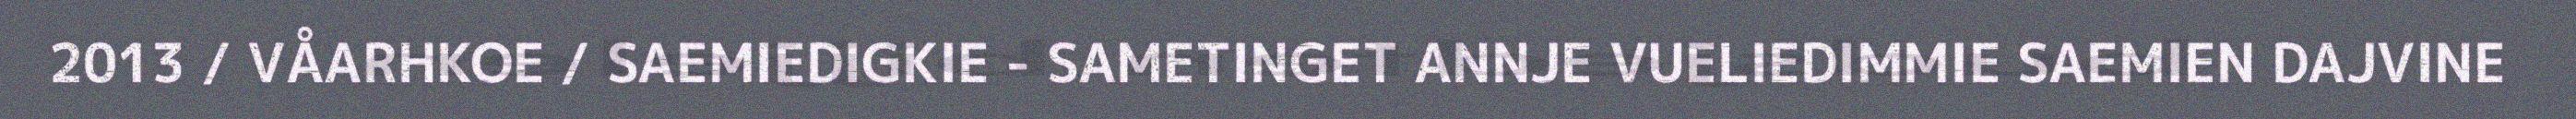
2013 / VÅARHKOE / SAEMIEDIGKIE - SAMETINGET ANNJE VUELIEDIMMIE SAEMIEN DAJVINE